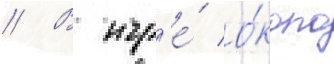
// В игр'е́ о́коло